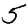
Digit: 5